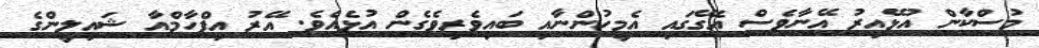
މުސްކާން އުޅޭއިރު އޭނާވެސް އެގޭގައި އެމީހުންނާއި ބައިވެރިވެގެން އުޅެއެވެ. އޭރު އިފްހާމްއާ ޝައިލީންގެ